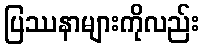
ပြဿနာများကိုလည်း